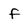
Character: f